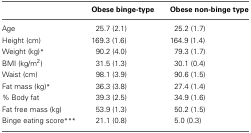
|  | Obese binge-type | Obese non-binge type |
 | --- | --- | --- |
 | Age | 25.7 (2.1) | 25.2 (1.7) |
 | Height (cm) | 169.3 (1.6) | 164.9 (1.4) |
 | Weight (kg)* | 90.2 (4.0) | 79.3 (1.7) |
 | BMI (kg/m2) | 31.5 (1.3) | 30.1 (0.4) |
 | Waist (cm) | 98.1 (3.9) | 90.6 (1.5) |
 | Fat mass (kg)* | 36.3 (3.8) | 27.4 (1.4) |
 | % Body fat | 39.3 (2.5) | 34.9 (1.6) |
 | Fat free mass (kg) | 53.9 (1.3) | 50.2 (1.5) |
 | Binge eating score*** | 21.1 (0.8) | 5.0 (0.3) |